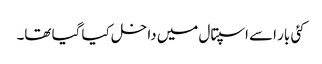
کئی بار اسے اسپتال میں داخل کیا گیا تھا۔